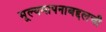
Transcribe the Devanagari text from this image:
मूल्यमापनाबद्दलची